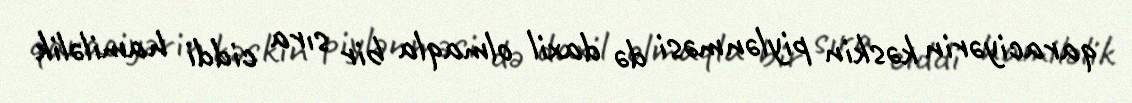
qaraciyərin kəskin piylənməsi də daxil olmaqla bir sıra ciddi hamiləlik